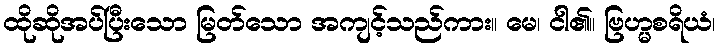
ထိုဆိုအပ်ပြီးသော မြတ်သော အကျင့်သည်ကား။ မေ၊ ငါ၏။ ဗြဟ္မစရိယံ၊